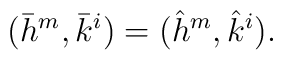
(\bar h^m, \bar k^i) = (\hat h^m,\hat k^i).